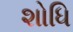
શોધિ